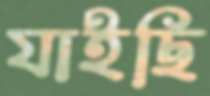
যাইছি